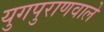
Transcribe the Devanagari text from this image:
युगपुराणवाले